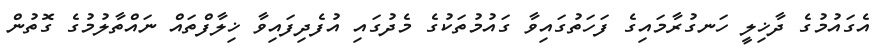
އެގައުމުގެ ދާޚިލީ ހަނގުރާމައިގެ ފަހަތުގައިވާ ގައުމުތަކުގެ މެދުގައި އުފެދިފައިވާ ޚިލާފްތައް ނައްތާލުމުގެ ގޮތުން